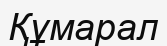
Құмарал